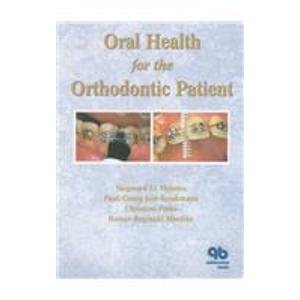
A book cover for Oral Health for the Orthodontic Patient; Siegward D. Heintze; Medical Books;